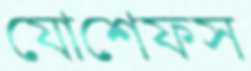
যোশেফস